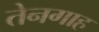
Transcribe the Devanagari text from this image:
तेनगाह